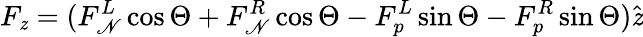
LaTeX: F_{\mathit{z}}=(F_{\mathscr{N}}^{L}\cos\Theta+F_{\mathscr{N}}^{R}\cos\Theta-F_{p}^{L}\sin\Theta-F_{p}^{R}\sin\Theta)\hat{{\mathit{z}}}